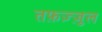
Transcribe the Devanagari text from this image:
तफ़ज़्ज़ुल